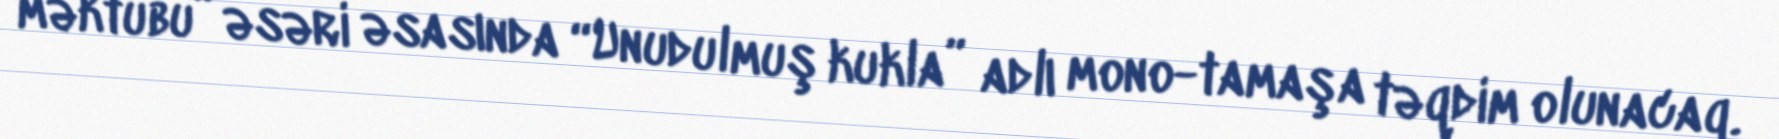
məktubu” əsəri əsasında “Unudulmuş kukla” adlı mono-tamaşa təqdim olunacaq.